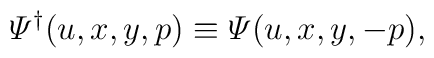
{\mit\Psi}^\dagger(u,x,y,p)\equiv{\mit\Psi}(u,x,y,-p),